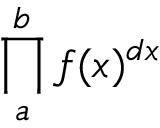
\prod _ { a } ^ { b } f ( x ) ^ { d x }